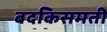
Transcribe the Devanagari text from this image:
बदकिसमती